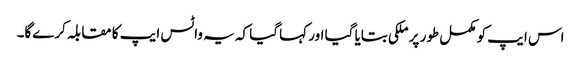
اس ایپ کو مکمل طور پر ملکی بتایا گیا اور کہا گیا کہ یہ واٹس ایپ کا مقابلہ کرےگا۔